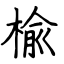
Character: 楡